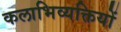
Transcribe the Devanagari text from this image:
कलाभिव्यक्तियों